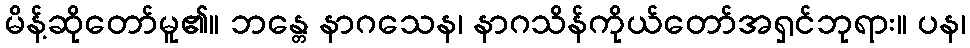
မိန့်ဆိုတော်မူ၏။ ဘန္တေ နာဂသေန၊ နာဂသိန်ကိုယ်တော်အရှင်ဘုရား။ ပန၊